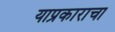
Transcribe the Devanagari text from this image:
याप्रकाराचा